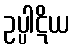
ဥပ္ပါဋိယ